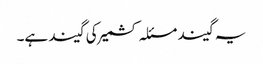
یہ گیند مسئلہ کشمیر کی گیند ہے۔